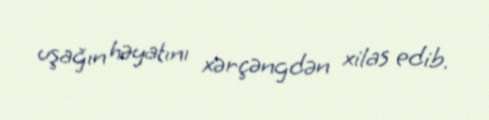
uşağın həyatını xərçəngdən xilas edib.